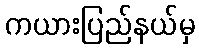
ကယားပြည်နယ်မှ